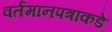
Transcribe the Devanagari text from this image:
वर्तमानपत्रांकडे